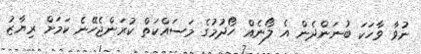
ނުވާ ވާހަކަ ބުނަންދެން އެ ލޯނެއް ހޯދުމުގެ މަސައްކަތް ކުރަންޖެހޭނެ ކަމަށް ރިޔާޒު